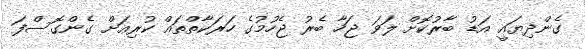
ގެންދިޔައީ އަޑު ބާރުކޮށް ލަވަ ޖަހާ ބެރު ޖެހުމުގެ ހަރަކާތްތައް ކުރިއަށް ގެންގޮސްފަ